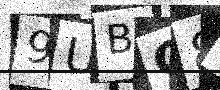
Text: 9UBG8F